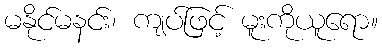
မနိုင်မနင်း၊ ကျပ်ဖြင့် မူးကိုယူရော။